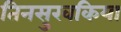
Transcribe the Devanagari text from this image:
तिनसुखकिया